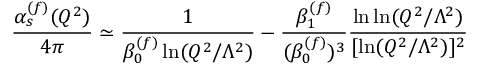
\frac { \alpha _ { s } ^ { ( f ) } ( Q ^ { 2 } ) } { 4 \pi } \simeq \frac { 1 } { \beta _ { 0 } ^ { ( f ) } \ln ( Q ^ { 2 } / \Lambda ^ { 2 } ) } - \frac { \beta _ { 1 } ^ { ( f ) } } { ( \beta _ { 0 } ^ { ( f ) } ) ^ { 3 } } \frac { \ln \ln ( Q ^ { 2 } / \Lambda ^ { 2 } ) } { [ \ln ( Q ^ { 2 } / \Lambda ^ { 2 } ) ] ^ { 2 } }